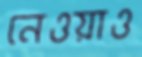
নেওয়াও